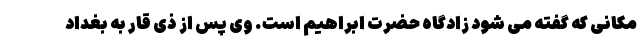
مکانی که گفته می شود زادگاه حضرت ابراهیم است. وی پس از ذی قار به بغداد